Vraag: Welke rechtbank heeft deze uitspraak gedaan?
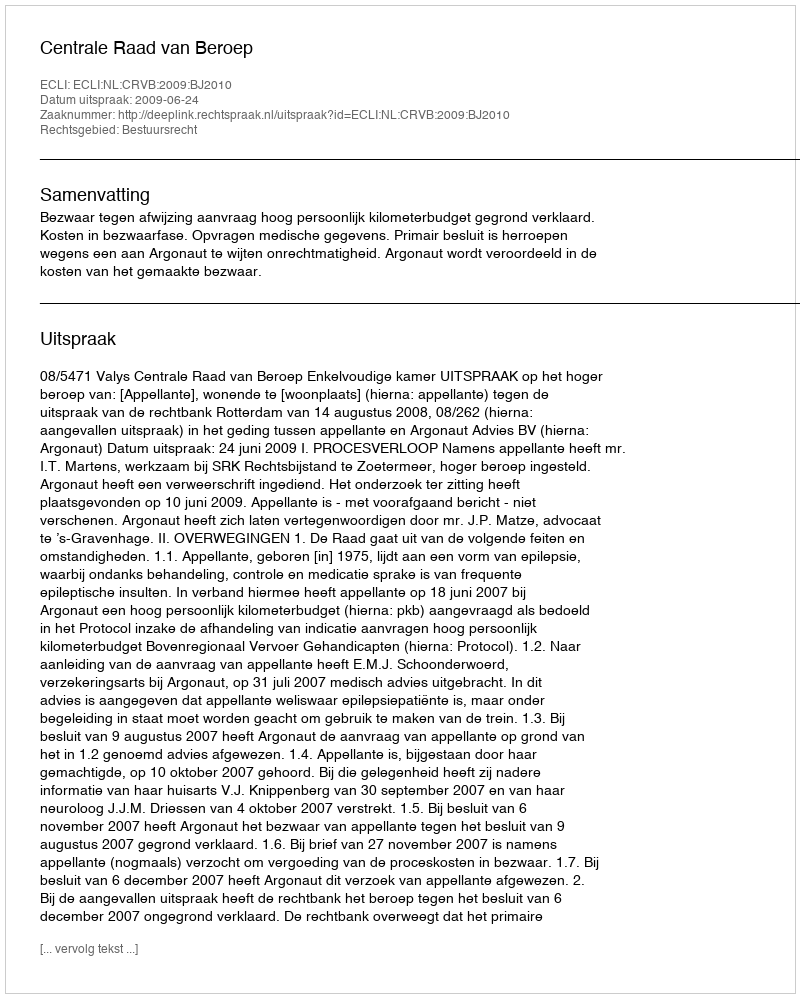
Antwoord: Centrale Raad van Beroep